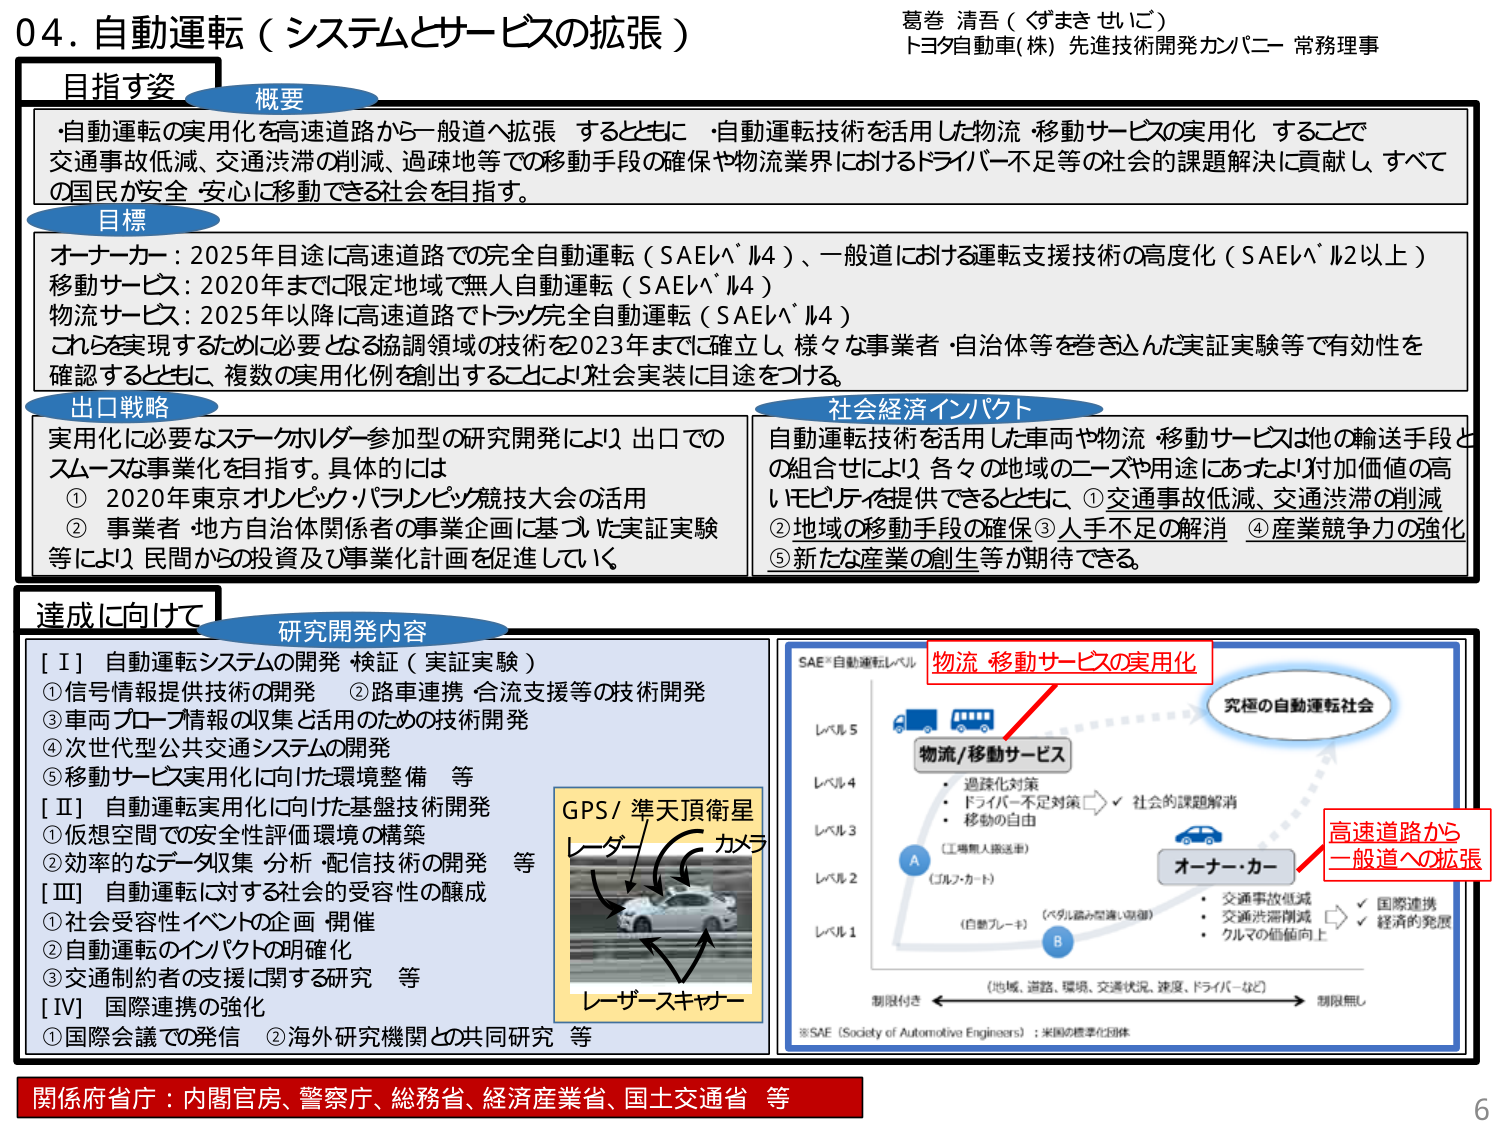
04. 自動運転（システムとサービスの拡張）

葛巻 清吾（ぐまき せいご）
トヨタ自動車(株) 先進技術開発カンパニー 常務理事

目指す姿

概要
・自動運転の実用化を高速道路から一般道へ拡張するとともに、自動運転技術を活用した物流・移動サービスの実用化することで、交通事故低減、交通渋滞の削減、過疎地等での移動手段の確保や物流業界におけるドライバー不足等の社会的課題解決に貢献し、すべての国民が安全・安心に移動できる社会を目指す。

目標
オーナーカー：2025年目途に高速道路での完全自動運転（SAEレベル4）、一般道における運転支援技術の高度化（SAEレベル2以上）
移動サービス：2020年までに限定地域で無人自動運転（SAEレベル4）
物流サービス：2025年以降に高速道路でトラック完全自動運転（SAEレベル4）
これを実現するために必要となる協調領域の技術を2023年までに確立し、様々な事業者・自治体等を巻き込んだ実証実験等で有効性を確認するとともに、複数の実用化例を創出することにより社会実装に目途をつける。

出口戦略
実用化に必要なステークホルダー参加型の研究開発により、出口でのスムーズな事業化を目指す。具体的には
① 2020年東京オリンピック・パラリンピック競技大会の活用
② 事業者・地方自治体関係者の事業企画に基づいた実証実験等により、民間からの投資及び事業化計画を促進していく

社会経済インパクト
自動運転技術を活用した車両や物流・移動サービスは他の輸送手段との組合せにより、各々の地域のニーズや用途にあわせた付加価値の高いモビリティを提供できるとともに、①交通事故低減、交通渋滞の削減 ②地域の移動手段の確保 ③人手不足の解消 ④産業競争力の強化 ⑤新たな産業の創生等が期待できる。

達成に向けて

研究開発内容
【Ⅰ】 自動運転システムの開発・検証（実証実験）
①信号情報提供技術の開発 ②路車連携・合流支援等の技術開発
③車両プローブ情報の収集と活用のための技術開発
④次世代型公共交通システムの開発
⑤移動サービス実用化に向けた環境整備 等

【Ⅱ】 自動運転実用化に向けた基盤技術開発
①仮想空間での安全性評価環境の構築
②効率的なデータ収集・分析・配信技術の開発 等

【Ⅲ】 自動運転に対する社会的受容性の醸成
①社会受容性イベントの企画・開催
②自動運転のインパクトの明確化
③交通制約者の支援に関する研究 等

【Ⅳ】 国際連携の強化
①国際会議での発信 ②海外研究機関との共同研究 等

GPS / 準天頂衛星
レーダー
カメラ
レーザースキャナー

SAE自動運転レベル
レベル5
レベル4
レベル3
レベル2
レベル1

物流/移動サービス
・過疎化対策
・ドライバー不足対策
・移動の自由
（工場無人搬送等）

オーナーカー
・交通事故低減
・交通渋滞削減
・クルマの価値向上
（ペルソナ型運転支援等）

究極の自動運転社会

制限付き ←→ 制限無し
（地域、道路、環境、交通状況、速度、ドライバーなど）

※SAE（Society of Automotive Engineers）：米国の標準化団体

物流・移動サービスの実用化
高速道路から一般道への拡張

関係府省庁：内閣官房、警察庁、総務省、経済産業省、国土交通省 等

6